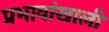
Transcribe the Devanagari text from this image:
प्रभावांखाली